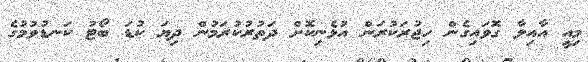
މިއީ އާއިލާ ގޮވައިގެން ހިޖުރަކުރަން އުޅެނިކޮށް ދަތުރުކުރަމުން ދިޔަ ކުޑަ ބޯޓު ކަނޑުވުމުގެ